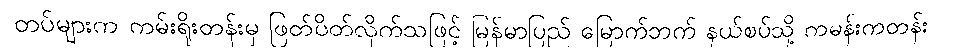
တပ်များက ကမ်းရိုးတန်းမှ ဖြတ်ပိတ်လိုက်သဖြင့် မြန်မာပြည် မြောက်ဘက် နယ်စပ်သို့ ကမန်းကတန်း